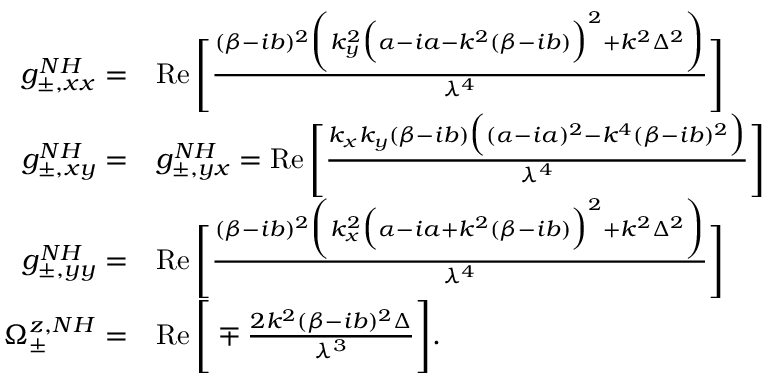
\begin{array} { r l } { g _ { \pm , x x } ^ { N H } = } & { \operatorname { R e } \Bigg [ \frac { ( \beta - i b ) ^ { 2 } \bigg ( k _ { y } ^ { 2 } \Big ( \alpha - i a - k ^ { 2 } ( \beta - i b ) \Big ) ^ { 2 } + k ^ { 2 } \Delta ^ { 2 } \bigg ) } { \lambda ^ { 4 } } \Bigg ] } \\ { g _ { \pm , x y } ^ { N H } = } & { g _ { \pm , y x } ^ { N H } = \operatorname { R e } \Bigg [ \frac { k _ { x } k _ { y } ( \beta - i b ) \Big ( ( \alpha - i a ) ^ { 2 } - k ^ { 4 } ( \beta - i b ) ^ { 2 } \Big ) } { \lambda ^ { 4 } } \Bigg ] } \\ { g _ { \pm , y y } ^ { N H } = } & { \operatorname { R e } \Bigg [ \frac { ( \beta - i b ) ^ { 2 } \bigg ( k _ { x } ^ { 2 } \Big ( \alpha - i a + k ^ { 2 } ( \beta - i b ) \Big ) ^ { 2 } + k ^ { 2 } \Delta ^ { 2 } \bigg ) } { \lambda ^ { 4 } } \Bigg ] } \\ { \Omega _ { \pm } ^ { z , N H } = } & { \operatorname { R e } \Bigg [ \mp \frac { 2 k ^ { 2 } ( \beta - i b ) ^ { 2 } \Delta } { \lambda ^ { 3 } } \Bigg ] . } \end{array}